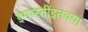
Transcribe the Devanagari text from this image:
इमारतींइतक्या